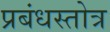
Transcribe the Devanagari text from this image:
प्रबंधस्तोत्र